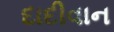
દાદીવાન